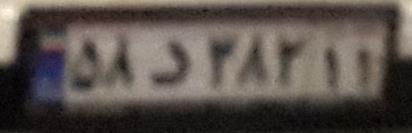
۵۸د۳۸۲۱۱